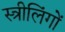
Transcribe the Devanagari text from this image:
स्त्रीलिंगों